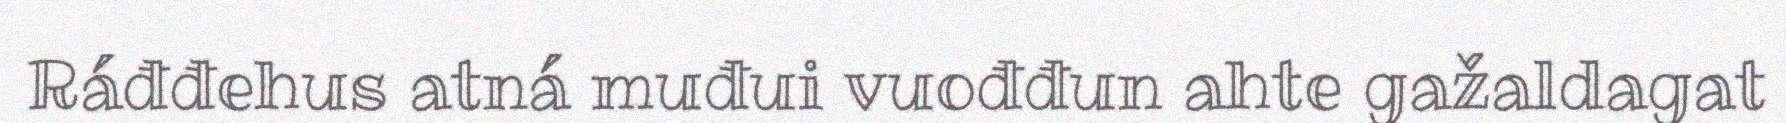
Ráđđehus atná muđui vuođđun ahte gažaldagat